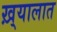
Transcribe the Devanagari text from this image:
ख़्यालात